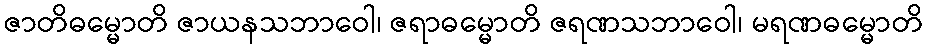
ဇာတိဓမ္မောတိ ဇာယနသဘာဝေါ၊ ဇရာဓမ္မောတိ ဇရဏသဘာဝေါ၊ မရဏဓမ္မောတိ